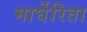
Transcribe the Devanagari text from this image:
मार्घेरिता